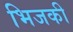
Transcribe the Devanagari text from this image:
भिजकी